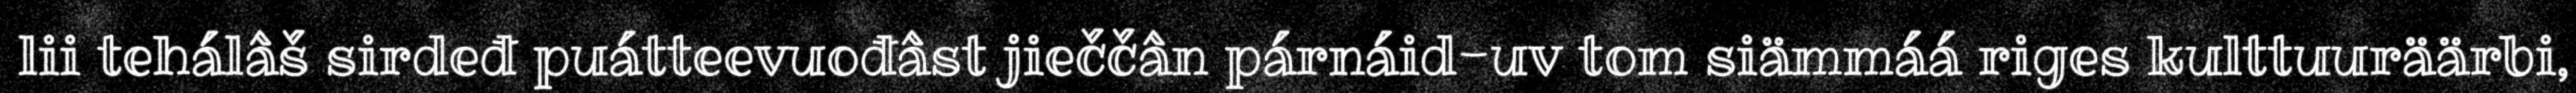
lii tehálâš sirdeđ puátteevuođâst jieččân párnáid-uv tom siämmáá riges kulttuuräärbi,